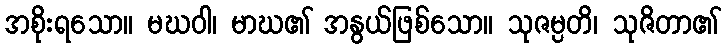
အစိုးရသော။ မဃဝါ၊ မာဃ၏ အနွယ်ဖြစ်သော။ သုဇမ္ပတိ၊ သုဇိတာ၏